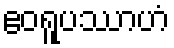
ဧဝရူပဿာဟံ